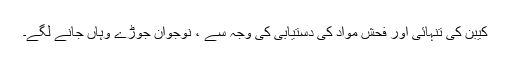
کیبن کی تنہائی اور فحش مواد کی دستیابی کی وجہ سے ، نوجوان جوڑے وہاں جانے لگے۔